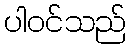
ပါဝင်သည်